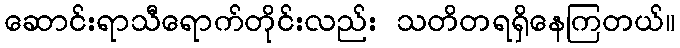
ဆောင်းရာသီရောက်တိုင်းလည်း သတိတရရှိနေကြတယ်။